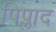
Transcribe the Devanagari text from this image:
पिप्लाद